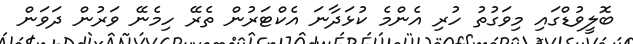
ބޮލީވުޑްގައި މިވަގުތު ހުރި އެންމެ ކުޅަދާނަ އެކްޓަރުން ތެރޭ ހިމެނޭ ވަރުން ދަވަން